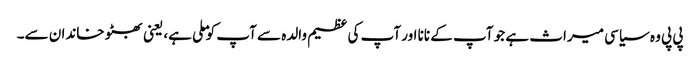
پی پی وہ سیاسی میراث ہے جو آپ کے نانا اور آپ کی عظیم والدہ سے آپ کو ملی ہے، یعنی بھٹو خاندان سے۔